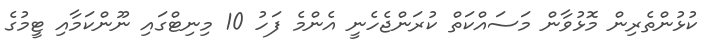
ކުޅުންތެރިން މޮޅުވާން މަސައްކަތް ކުރަންޖެހެނީ އެންމެ ފަހު 10 މިނިޓްގައި ނޫންކަމާއި ޓީމުގެ